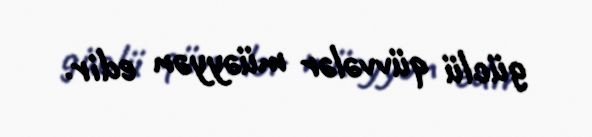
güclü qüvvələr müəyyən edir.